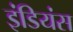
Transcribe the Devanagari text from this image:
इंडियंस